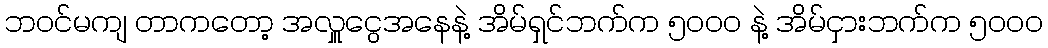
ဘဝင်မကျ တာကတော့ အလှူငွေအနေနဲ့ အိမ်ရှင်ဘက်က ၅၀၀၀ နဲ့ အိမ်ငှားဘက်က ၅၀၀၀